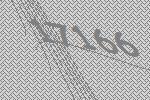
17166